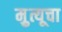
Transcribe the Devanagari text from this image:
मृुत्यूचा